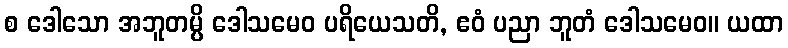
စ ဒေါသော အဘူတမ္ပိ ဒေါသမေဝ ပရိယေသတိ, ဧဝံ ပညာ ဘူတံ ဒေါသမေဝ။ ယထာ